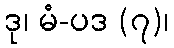
ဒု၊ မံ-ပဒ (၇)၊